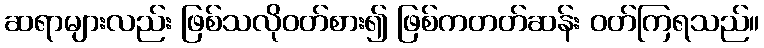
ဆရာများလည်း ဖြစ်သလိုဝတ်စား၍ ဖြစ်ကတတ်ဆန်း ဝတ်ကြရသည်။